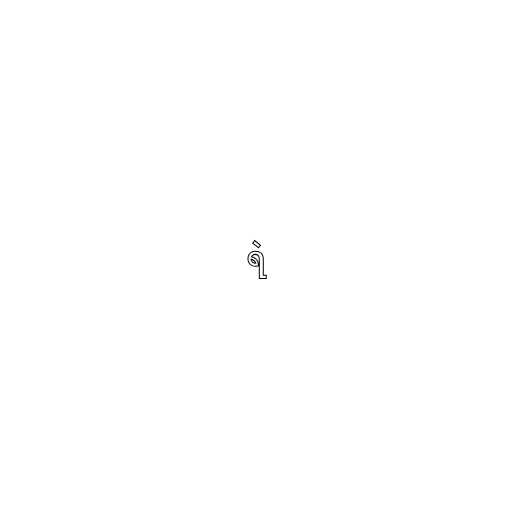
ရဲ